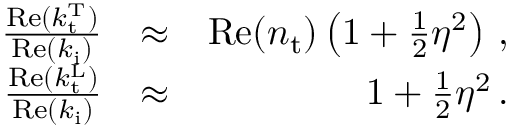
\begin{array} { r l r } { \frac { \mathrm { R e } ( k _ { \mathrm { t } } ^ { \mathrm { T } } ) } { \mathrm { R e } ( k _ { \mathrm { i } } ) } } & { \approx } & { \mathrm { R e } ( n _ { \mathrm { t } } ) \left( 1 + \frac { 1 } { 2 } \eta ^ { 2 } \right) \, , } \\ { \frac { \mathrm { R e } ( k _ { \mathrm { t } } ^ { \mathrm { L } } ) } { \mathrm { R e } ( k _ { \mathrm { i } } ) } } & { \approx } & { 1 + \frac { 1 } { 2 } \eta ^ { 2 } \, . } \end{array}